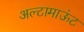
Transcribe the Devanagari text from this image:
अल्टामाऊंट